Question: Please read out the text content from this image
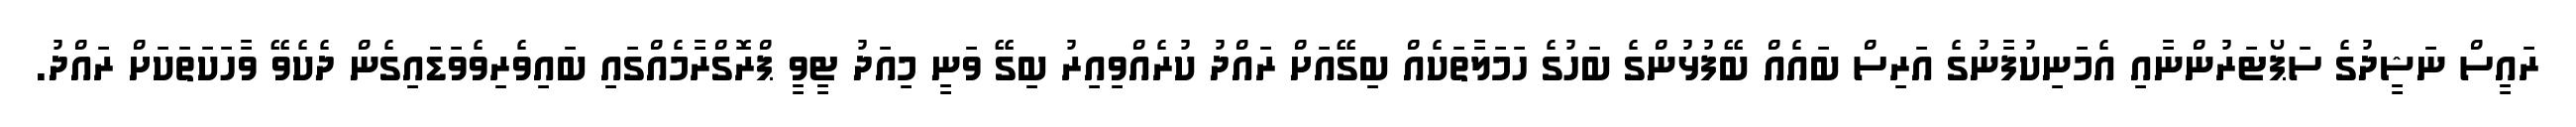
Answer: ރައީސް ނަޝީދުގެ ސަޕޯޓަރުންނާއި އެމަނިކުފާނުގެ އަރިސް ބައެއް ބޭފުޅުންގެ ބަހުގެ ހަމަލާތަކެއް ބިގޭއަށް ރައްދު ކުރެއްވިއިރު ބިގޭ ވަނީ މިއަދު ޓީވީ ޕްރޮގްރާމެއްގައި ބައިވެރިވެވަޑައިގެން ދެކެވޭ ވާހަކަތަކަށް ރައްދު.